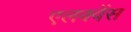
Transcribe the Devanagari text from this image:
एलक्वेंस